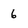
Character: 6